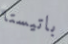
باتيستا